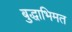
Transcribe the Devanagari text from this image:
बुद्धाभिमत